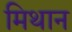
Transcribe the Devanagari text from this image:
मिथान